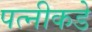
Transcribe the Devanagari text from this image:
पत्‍नीकडे